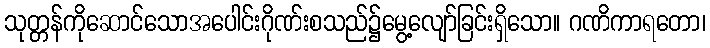
သုတ္တန်ကိုဆောင်သောအပေါင်းဂိုဏ်းစသည်၌မွေ့လျော်ခြင်းရှိသော။ ဂဏိကာရတော၊